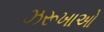
ઝરૂખાઓ